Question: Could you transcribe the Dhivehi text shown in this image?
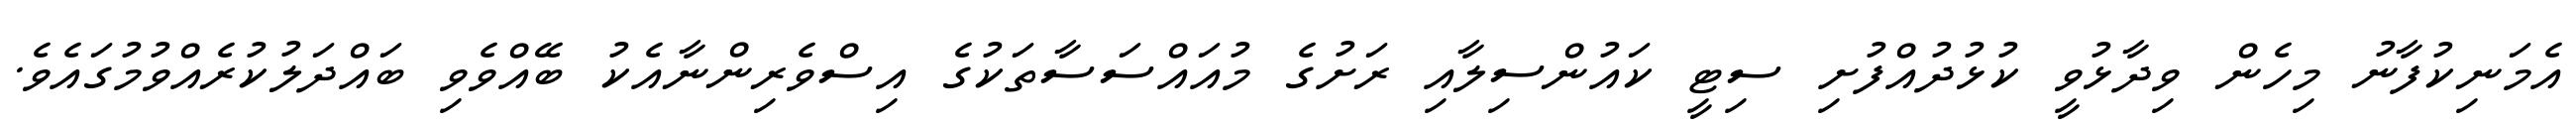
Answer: އެމަނިކުފާނު މިހެން ވިދާޅުވީ ކުޅުދުއްފުށި ސިޓީ ކައުންސިލާއި ރަށުގެ މުއައްސަސާތަކުގެ އިސްވެރިންނާއެކު ބޭއްވެވި ބައްދަލުކުރެއްވުމުގައެވެ.